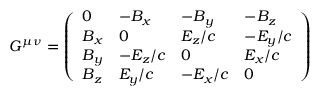
G ^ { \mu \nu } = { \left( \begin{array} { l l l l } { 0 } & { - B _ { x } } & { - B _ { y } } & { - B _ { z } } \\ { B _ { x } } & { 0 } & { E _ { z } / c } & { - E _ { y } / c } \\ { B _ { y } } & { - E _ { z } / c } & { 0 } & { E _ { x } / c } \\ { B _ { z } } & { E _ { y } / c } & { - E _ { x } / c } & { 0 } \end{array} \right) }